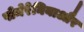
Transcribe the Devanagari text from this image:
पोमेरेनियाऔर